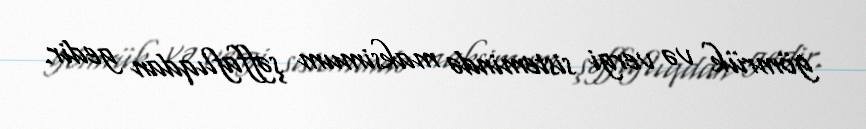
gömrük və vergi sistemində maksimum şəffaflıqdan gedir.